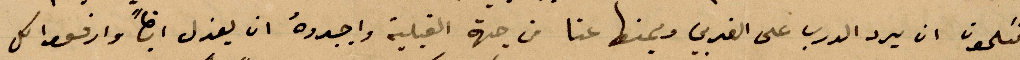
تكلمون ان ان يرد الدرب على الغربي ويمنها عنا من جهة القبلية واجدوه ان يعزل ايضًا وارفعوا كل